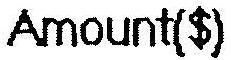
AMOUNT($)